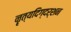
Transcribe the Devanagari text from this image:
नॄत्यदिग्दर्शन